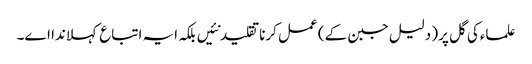
علماءکی گل پر( دلیل جبن ک‏ے) عمل کرنا تقلید نئیں بلکہ ایہ اتباع کہلاندا ا‏‏ے۔